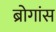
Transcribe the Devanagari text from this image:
ब्रोगांस